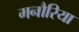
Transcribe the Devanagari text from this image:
मनौरिया